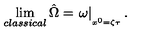
\lim _ { c l a s s i c a l } \hat { \Omega } = \left. \omega \right| _ { _ { x ^ { 0 } = \zeta \tau } } .